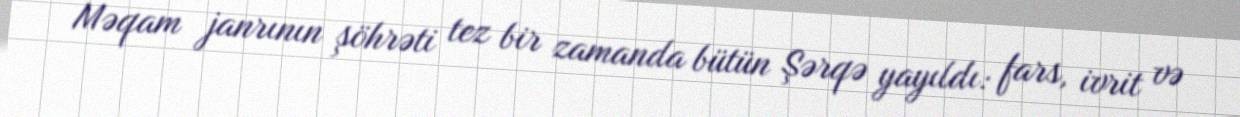
Məqam janrının şöhrəti tez bir zamanda bütün Şərqə yayıldı: fars, ivrit və